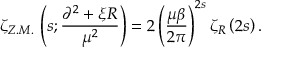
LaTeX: \zeta _ { Z . M . } \, \left( s ; \frac { \partial ^ { 2 } + \xi R } { \mu ^ { 2 } } \right) = 2 \left( \frac { \mu \beta } { 2 \pi } \right) ^ { 2 s } \zeta _ { R } \left( 2 s \right) .